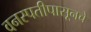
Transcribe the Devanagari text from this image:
वनस्पतीपासूनचे